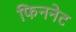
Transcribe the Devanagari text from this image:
फिननेट